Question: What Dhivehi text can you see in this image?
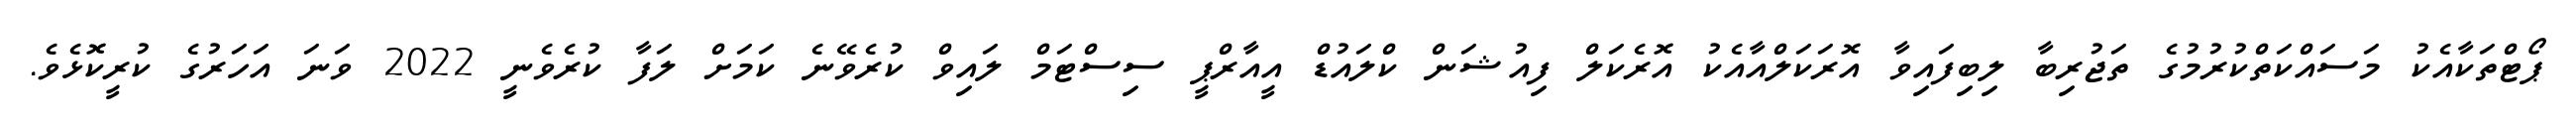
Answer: ޕޯޓްތަކާއެކު މަސައްކަތްކުރުމުގެ ތަޖުރިބާ ލިބިފައިވާ އޮރަކަލްއާއެކު އޮރެކަލް ފިއުޝަން ކްލައުޑް އީއާރްޕީ ސިސްޓަމް ލައިވް ކުރެވޭނެ ކަމަށް ލަފާ ކުރެވެނީ 2022 ވަނަ އަހަރުގެ ކުރީކޮޅެވެ.